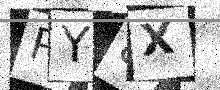
Text: PY8X